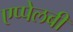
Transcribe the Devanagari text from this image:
एप्पेलबी